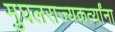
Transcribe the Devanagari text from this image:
मुघलराज्यकर्त्यांना